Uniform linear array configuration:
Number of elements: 24
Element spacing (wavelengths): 0.25
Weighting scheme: exponential
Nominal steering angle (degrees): -15
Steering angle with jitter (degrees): -15.907
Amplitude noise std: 0.05
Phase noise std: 0.05

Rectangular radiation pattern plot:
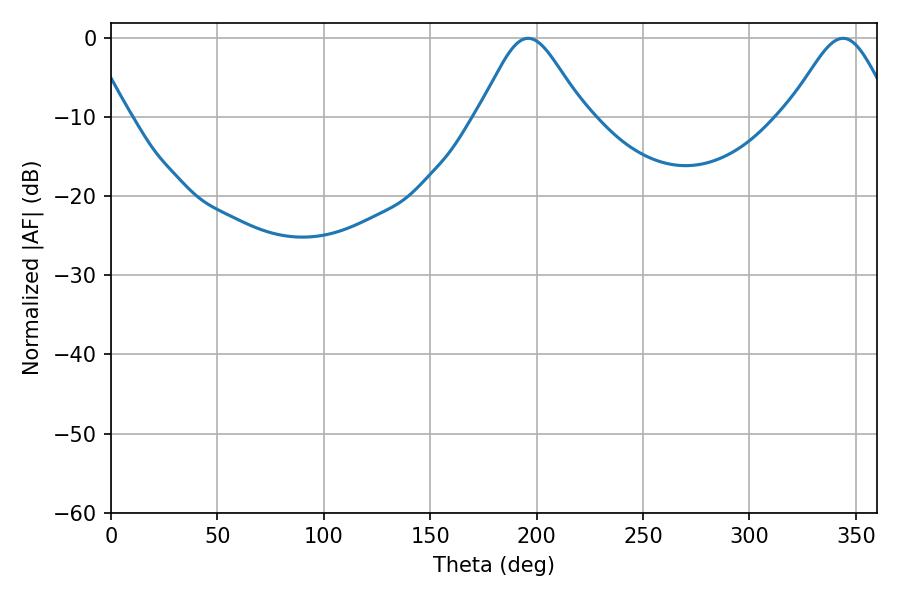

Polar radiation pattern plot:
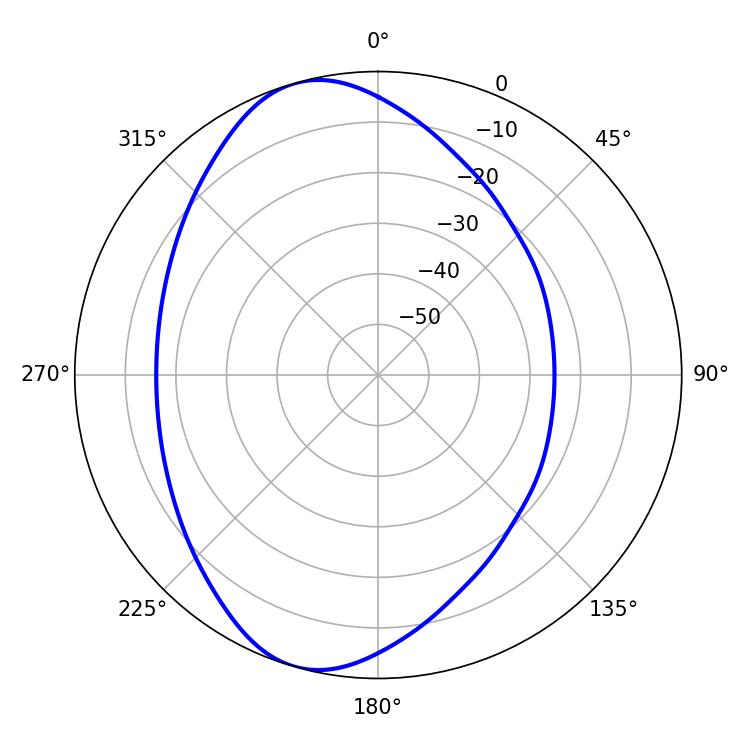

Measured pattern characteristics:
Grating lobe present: FALSE
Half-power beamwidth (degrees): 24.3
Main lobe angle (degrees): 196.02